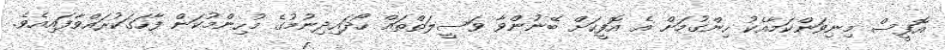
އޮފީސް މިނިވަންކަމާއެކު ހިންގުމަށް އެ އޮފީހަށް ބޭނުންވާ ވަސީލަތްތައް ހޯދައިދިނުމުގެ މުހިންމުކަން ފާހަގަކުރައްވާފައިއެވެ.